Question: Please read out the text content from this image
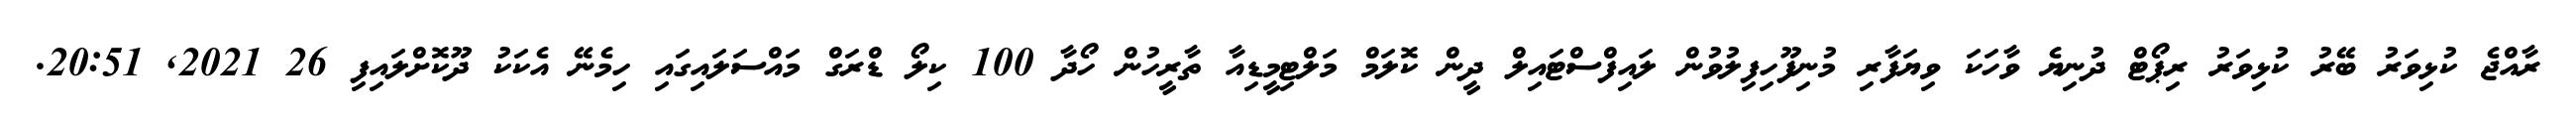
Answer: ރާއްޖެ ކުޅިވަރު ބޭރު ކުޅިވަރު ރިޕޯޓް ދުނިޔެ ވާހަކަ ވިޔަފާރި މުނިފޫހިފިލުވުން ލައިފްސްޓައިލް ދީން ކޮލަމް މަލްޓިމީޑިއާ ތާރީހުން ހޯދާ 100 ކިލޯ ޑްރަގް މައްސަލައިގައި ހިމެނޭ އެކަކު ދޫކޮށްލައިފި 26 2021, 20:51.